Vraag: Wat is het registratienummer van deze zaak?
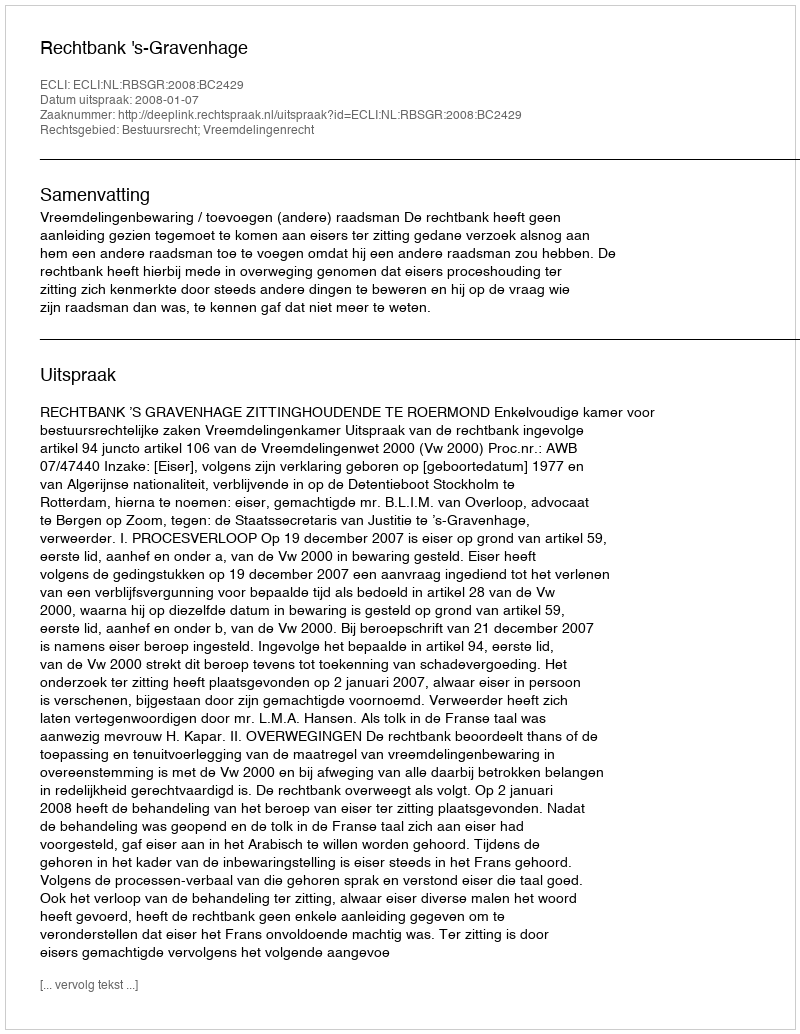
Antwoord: http://deeplink.rechtspraak.nl/uitspraak?id=ECLI:NL:RBSGR:2008:BC2429